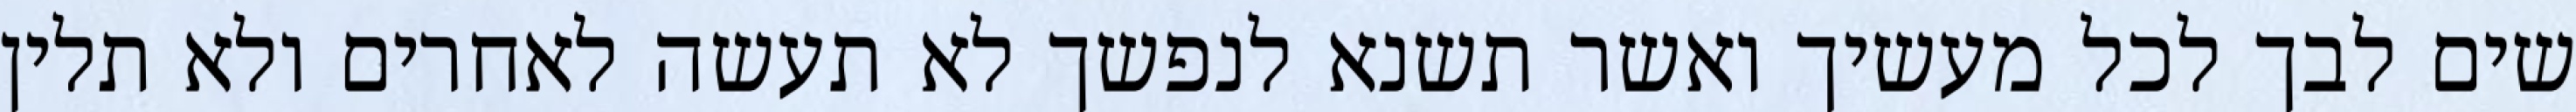
שים לבך לכל מעשיך ואשר תשנא לנפשך לא תעשה לאחרים ולא תלין